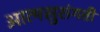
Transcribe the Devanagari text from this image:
आत्मसुसंगती